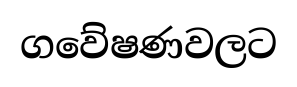
ගවේෂණවලට